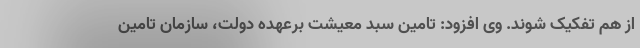
از هم تفکیک شوند. وی افزود: تامین سبد معیشت برعهده دولت، سازمان تامین